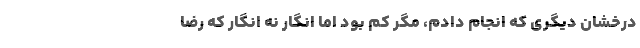
درخشان دیگری که انجام دادم، مگر کم بود اما انگار نه انگار که رضا